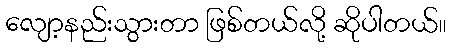
လျော့နည်းသွားတာ ဖြစ်တယ်လို့ ဆိုပါတယ်။